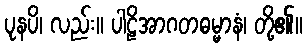
ပုနပိ၊ လည်း။ ပါဠိအာဂတဓမ္မာနံ၊ တို့၏။